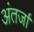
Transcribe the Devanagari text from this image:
अंतर्जा